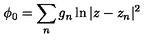
\phi _ { 0 } = \sum _ { n } g _ { n } \ln | z - z _ { n } | ^ { 2 }